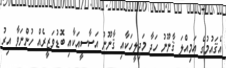
އެޤައުމުގެ އަމިއްލަ ޤާނޫނު ހަދާ މަޖިލީހަކާއި ޤާނޫނު އަސާސީއަކާއި ބޮޑުވަޒީރެއް ހުންނަވާ އިރު